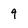
Character: 9